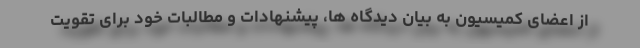
از اعضای کمیسیون به بیان دیدگاه ها، پیشنهادات و مطالبات خود برای تقویت